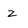
Character: z